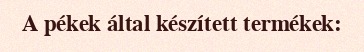
A pékek által készített termékek: